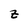
Character: z